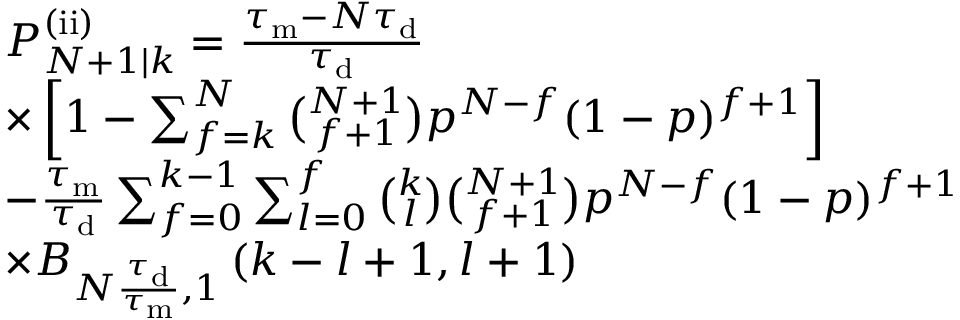
\begin{array} { r l } & { P _ { N + 1 | k } ^ { \mathrm { ( i i ) } } = \frac { \tau _ { \mathrm { m } } - N \tau _ { \mathrm { d } } } { \tau _ { \mathrm { d } } } } \\ & { \times \left[ 1 - \sum _ { f = k } ^ { N } \binom { N + 1 } { f + 1 } p ^ { N - f } ( 1 - p ) ^ { f + 1 } \right] } \\ & { - \frac { \tau _ { \mathrm { m } } } { \tau _ { \mathrm { d } } } \sum _ { f = 0 } ^ { k - 1 } \sum _ { l = 0 } ^ { f } \binom { k } { l } \binom { N + 1 } { f + 1 } p ^ { N - f } ( 1 - p ) ^ { f + 1 } } \\ & { \times B _ { N \frac { \tau _ { \mathrm { d } } } { \tau _ { \mathrm { m } } } , 1 } \left( k - l + 1 , l + 1 \right) } \end{array}